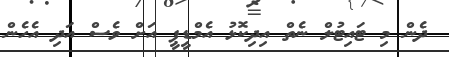
ދެން މި ޓައިޓުލް ނެތް އިދިކޮޅު އެމްޑީޕީ އަށް ވެސް އަދި އެހެން